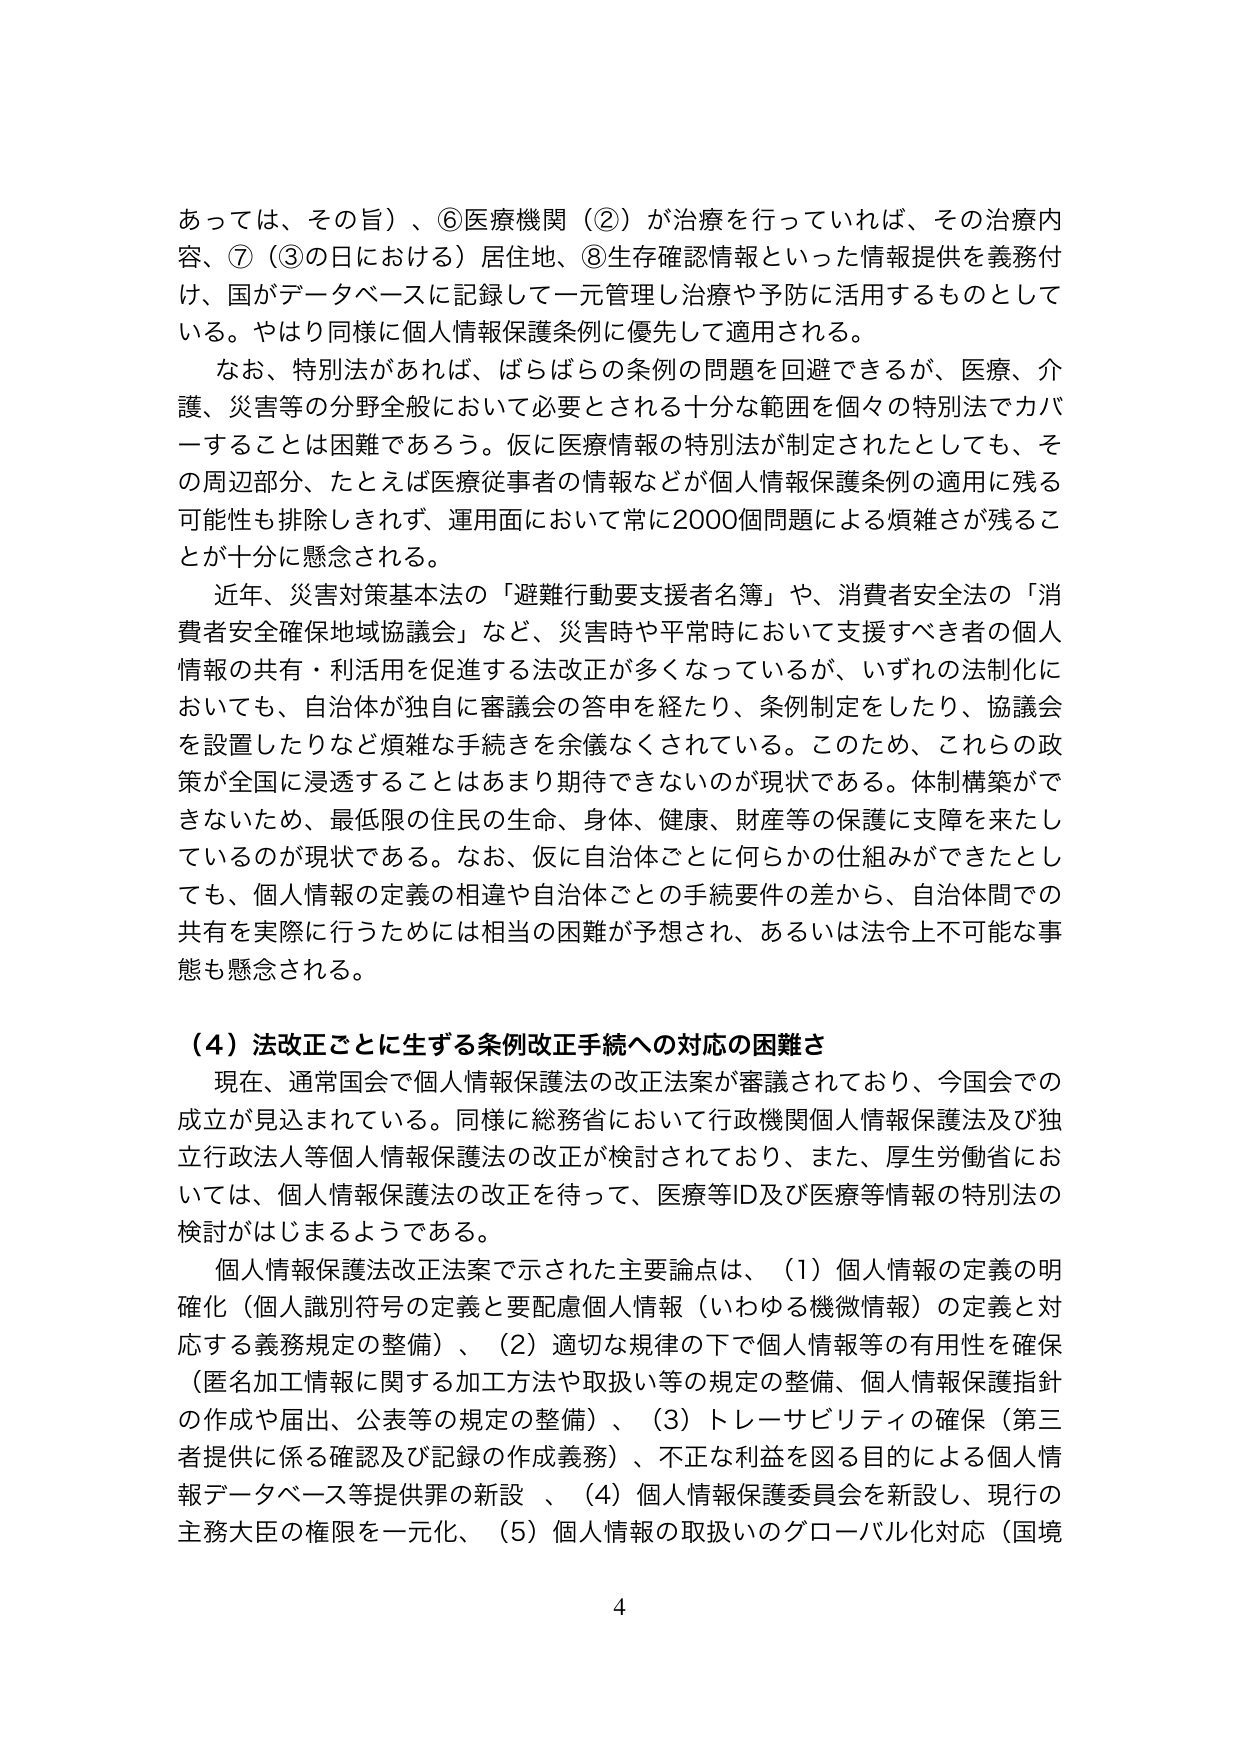
あっては、その旨）、⑥医療機関（②）が治療を行っていれば、その治療内容、⑦（③の日における）居住地、⑧生存確認情報といった情報提供を義務付け、国がデータベースに記録して一元管理し治療や予防に活用するものとしている。やはり同様に個人情報保護条例に優先して適用される。

なお、特別法があれば、ばらばらの条例の問題を回避できるが、医療、介護、災害等の分野全般において必要とされる十分な範囲を個々の特別法でカバーすることは困難であろう。仮に医療情報の特別法が制定されたとしても、その周辺部分、たとえば医療従事者の情報などが個人情報保護条例の適用に残る可能性も排除しきれず、運用面において常に2000個問題による煩雑さが残ることが十分に懸念される。

近年、災害対策基本法の「避難行動要支援者名簿」や、消費者安全法の「消費者安全確保地域協議会」など、災害時や平常時において支援すべき者の個人情報の共有・利活用を促進する法改正が多くなっているが、いずれの法制化においても、自治体が独自に審議会の答申を経たり、条例制定をしたり、協議会を設置したりなど煩雑な手続きを余儀なくされている。このため、これらの政策が全国に浸透することはあまり期待できないのが現状である。体制構築ができないため、最低限の住民の生命、身体、健康、財産等の保護に支障を来たしているのが現状である。なお、仮に自治体ごとに何らかの仕組みができたとしても、個人情報の定義の相違や自治体ごとの手続要件の差から、自治体間での共有を実際に行うためには相当の困難が予想され、あるいは法令上不可能な事態も懸念される。

（4）法改正ごとに生ずる条例改正手続への対応の困難さ

現在、通常国会で個人情報保護法の改正法案が審議されており、今国会での成立が見込まれている。同様に総務省において行政機関個人情報保護法及び独立行政法人等個人情報保護法の改正が検討されており、また、厚生労働省においては、個人情報保護法の改正を待って、医療等ID及び医療等情報の特別法の検討がはじまるようである。

個人情報保護法改正法案で示された主要論点は、（1）個人情報の定義の明確化（個人識別符号の定義と要配慮個人情報（いわゆる機微情報）の定義と対応する義務規定の整備）、（2）適切な規律の下で個人情報等の有用性を確保（匿名加工情報に関する加工方法や取扱い等の規定の整備、個人情報保護指針の作成や届出、公表等の規定の整備）、（3）トレーサビリティの確保（第三者提供に係る確認及び記録の作成義務）、不正な利益を図る目的による個人情報データベース等提供罪の新設、（4）個人情報保護委員会を新設し、現行の主務大臣の権限を一元化、（5）個人情報の取扱いのグローバル化対応（国境

4